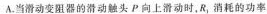
A.当滑动变阻器的滑动触头P向上滑动时，R_{1}消耗的功率